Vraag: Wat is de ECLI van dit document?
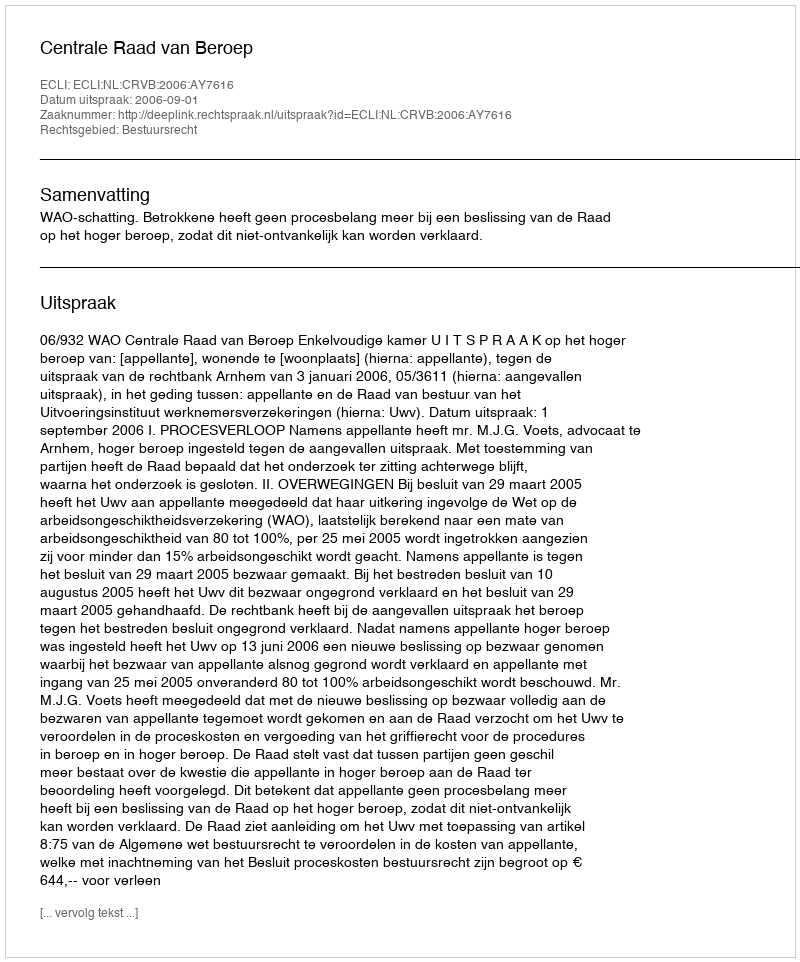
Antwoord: ECLI:NL:CRVB:2006:AY7616